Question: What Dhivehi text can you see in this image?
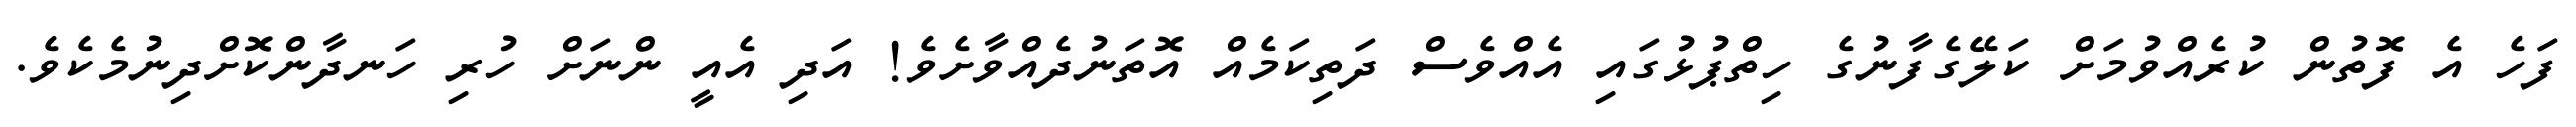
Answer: ފަހެ އެ ފޮތުން ކުރެއްވުމަށް ކަލޭގެފާނުގެ ހިތްޕުޅުގައި އެއްވެސް ދަތިކަމެއް އޮތަނުދެއްވާށެވެ! އަދި އެއީ ންނަށް ހުރި ހަނދާންކޮށްދިނުމެކެވެ.